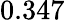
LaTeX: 0.347